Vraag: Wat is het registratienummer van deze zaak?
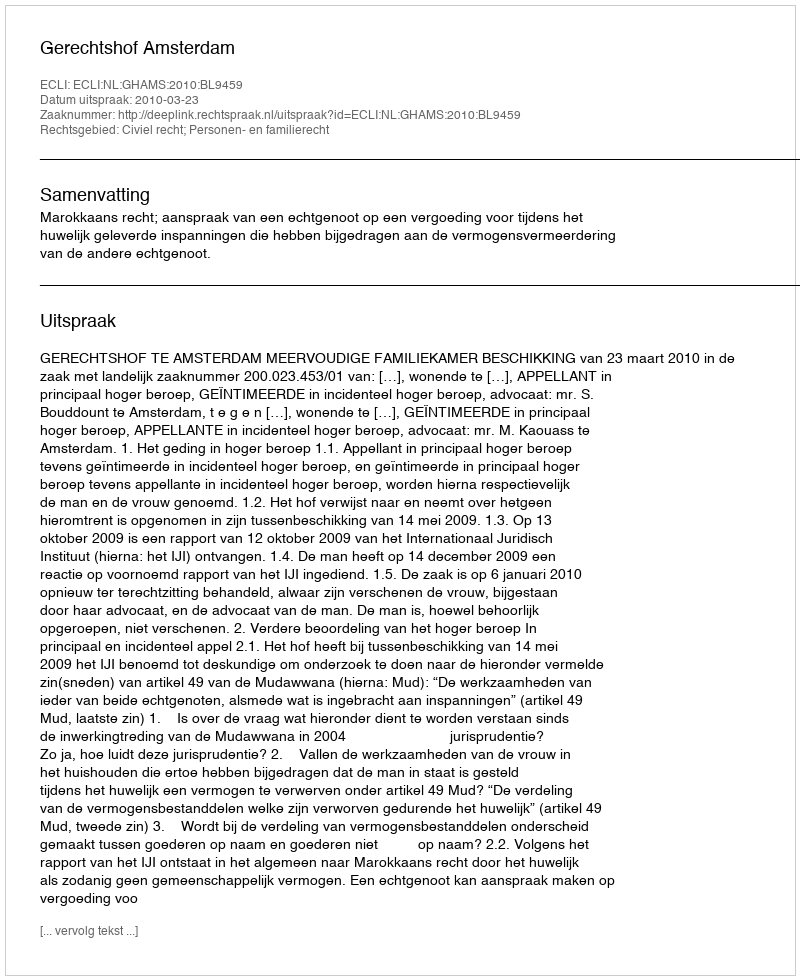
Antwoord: http://deeplink.rechtspraak.nl/uitspraak?id=ECLI:NL:GHAMS:2010:BL9459